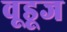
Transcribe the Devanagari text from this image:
वूडूज